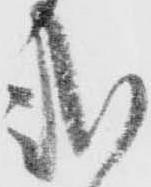
式